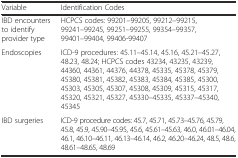
| Variable | Identification Codes |
 | --- | --- |
 | IBD encounters to identify provider type | HCPCS codes: 99201–99205, 99212–99215, 99241–99245, 99251–99255, 99354–99357, 99401–99404, 99406-99407 |
 | Endoscopies | ICD-9 procedures: 45.11–45.14, 45.16, 45.21–45.27, 48.23, 48.24; HCPCS codes 43234, 43235, 43239, 44360, 44361, 44376, 44378, 45335, 45378, 45379, 45380, 45381, 45382, 45383, 45384, 45385, 45300, 45303, 45305, 45307, 45308, 45309, 45315, 45317, 45320, 45321, 45327, 45330–45335, 45337–45340, 45345 |
 | IBD surgeries | ICD-9 procedure codes: 45.7, 45.71, 45.73–45.76, 45.79, 45.8, 45.9, 45.90–45.95, 45.6, 45.61–45.63, 46.0, 46.01–46.04,46.1, 46.10–46.11, 46.13–46.14, 46.2, 46.20–46.24, 48.5, 48.6, 48.61–48.65, 48.69 |